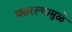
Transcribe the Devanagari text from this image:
घसरल्यामुळे